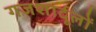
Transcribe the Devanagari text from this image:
गजशार्दूलों